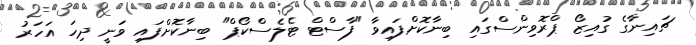
ޗައިނާގެ ގުއިޒޯ ޕްރޮވިންސްގައި ބިނާކޮށްފައިވާ "ފާސްޓް ޓެލެސްކޯޕް" ބިނާކޮށްފައި ވަނީ ދިހަ އަހަރު